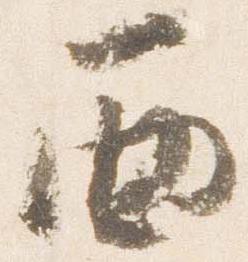
西